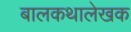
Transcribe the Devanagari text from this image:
बालकथालेखक